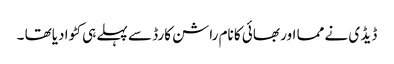
ڈیڈ ی نے مما اور بھائی کا نام راشن کارڈ سے پہلے ہی کٹوا دیاتھا ۔